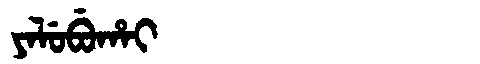
Manchu: ᠶᠠᠯᡠᠪᡠᡥᠠᡳ
Romanization: YALUBUHAI